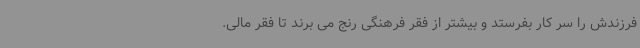
فرزندش را سر کار بفرستد و بیشتر از فقر فرهنگی رنج می برند تا فقر مالی.